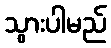
သွားပါမည်